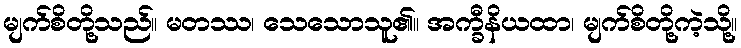
မျက်စိတို့သည်။ မတဿ၊ သေသောသူ၏။ အက္ခီနိယထာ၊ မျက်စိတို့ကဲ့သို့။